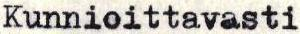
Kunnioittavasti